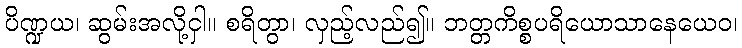
ပိဏ္ဍယ၊ ဆွမ်းအလို့ငှါ။ စရိတွာ၊ လှည့်လည်၍။ ဘတ္တကိစ္စပရိယောသာနေယေဝ၊